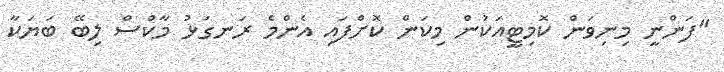
"ފަންނީ މިނިވަން ކޮމިޓީއަކުން މިކަން ކޮށްފައި އެންމެ ރަނގަޅު މާކްސް ލިބޭ ބަޔަކާ